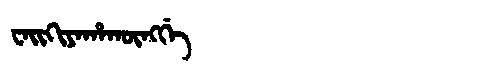
Manchu: ᠸᠠᡳᡴᡳᠶᠠᡥᠠᡴᡡᠩᡤᡝ
Romanization: WAIKIYAHAKŪNGGE